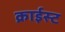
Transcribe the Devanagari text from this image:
क्राईस्ट